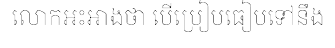
លោកអះអាងថា បើប្រៀបធៀបទៅនឹង